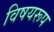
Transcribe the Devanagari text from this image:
विषयरूप